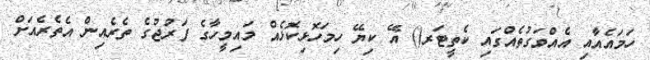
ހަމައެއާއި އެއްވަގުތެއްގައި ކެތީޓަރ() އޭ ކިޔޭ ހިމަހޮޅިކޮޅެއް މައިމީހާގެ ފަރުޖުގެ ތެރެއިން އެތެރެއަށް